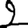
Digit: 2